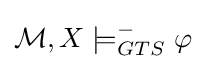
{\mathcal {M}},X\models _{GTS}^{-}\varphi